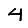
Digit: 4